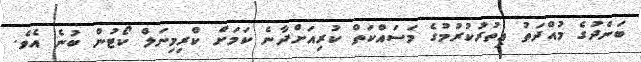
ބަންދުގެ މުއްދަތު އިތުރުކުރުމުގެ މަސައްކަތް ކުރިއަށްދާނެ ކަމަށް ކްރިމިނަލް ކޯޓުން ބުނެ އެވެ.